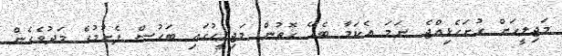
މަޖިލީހަށް ހުށަހެޅިއްޖެ ނަމަ އެކަމާ ބެހޭ ގޮތުން މަޖިލީހުގައި ބަހުސް ފެށުމުގެ މަދުވެގެން